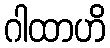
ဂါထာဟိ